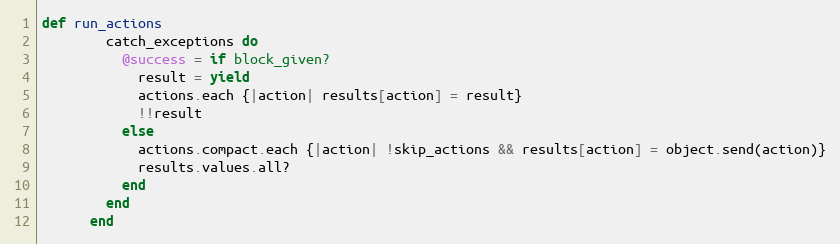
Language: Ruby
def run_actions
        catch_exceptions do
          @success = if block_given?
            result = yield
            actions.each {|action| results[action] = result}
            !!result
          else
            actions.compact.each {|action| !skip_actions && results[action] = object.send(action)}
            results.values.all?
          end
        end
      end